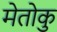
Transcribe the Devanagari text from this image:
मेतोकु